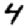
Digit: 4